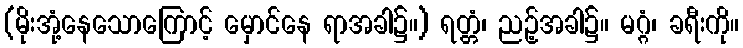
(မိုးအုံ့နေသောကြောင့် မှောင်နေ ရာအခါ၌။) ရတ္တံ၊ ညဉ့်အခါ၌။ မဂ္ဂံ၊ ခရီးကို။